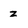
Character: z